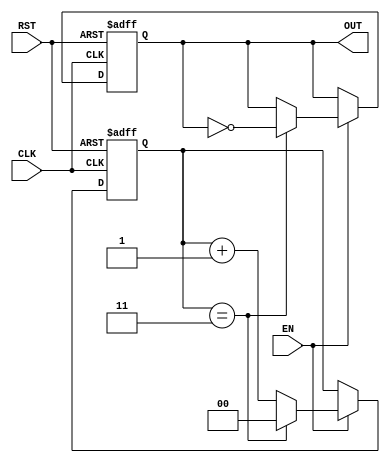
module FrequencyDividerCounter #(
    parameter N = 4  // Division factor (default is 4)
)(
    input wire CLK,   // Clock input
    input wire RST,   // Reset input (active high)
    input wire EN,    // Enable input (active high)
    output reg OUT    // Output signal
);

    reg [$clog2(N)-1:0] counter; // Counter to count from 0 to N-1

    // Asynchronous reset and counter logic
    always @(posedge CLK or posedge RST) begin
        if (RST) begin
            counter <= 0; // Reset counter
            OUT <= 0;     // Reset output
        end else if (EN) begin
            if (counter == N-1) begin
                counter <= 0; // Reset counter
                OUT <= ~OUT;   // Toggle output
            end else begin
                counter <= counter + 1; // Increment counter
            end
        end
    end

endmodule